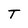
Character: T